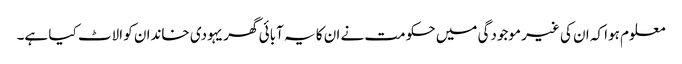
معلوم ہوا کہ ان کی غیر موجودگی میں حکومت نے ان کا یہ آبائی گھر یہودی خاندان کو الاٹ کیا ہے۔